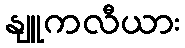
နျူကလီယား